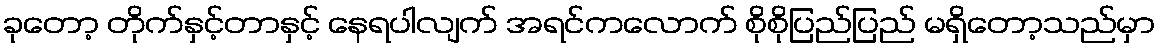
ခုတော့ တိုက်နှင့်တာနှင့် နေရပါလျက် အရင်ကလောက် စိုစိုပြည်ပြည် မရှိတော့သည်မှာ